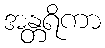
အန္တရိကာ